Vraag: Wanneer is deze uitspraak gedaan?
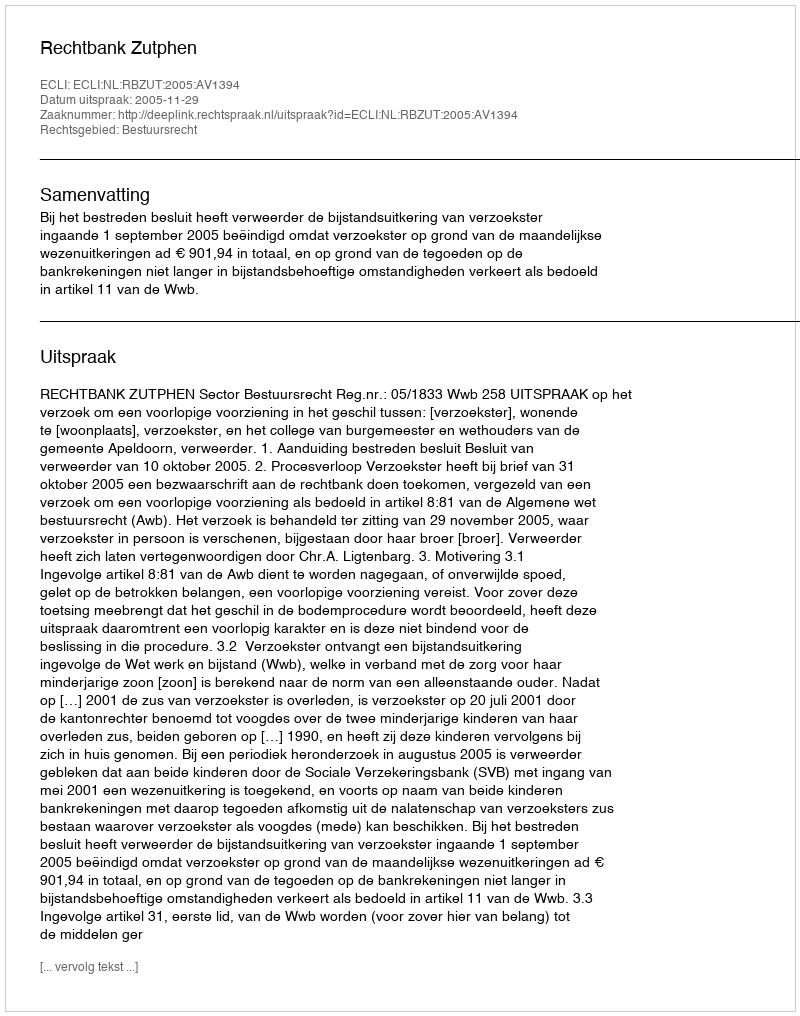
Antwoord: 2005-11-29